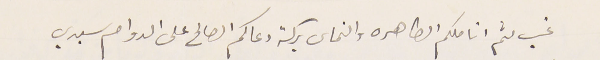
غب لثم اناملكم الطاهره والتماس بركة دعاكم الصالح على الدوام سيدي